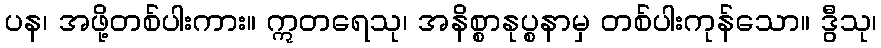
ပန၊ အဖို့တစ်ပါးကား။ ဣတရေသု၊ အနိစ္စာနုပ္စနာမှ တစ်ပါးကုန်သော။ ဒွီသု၊